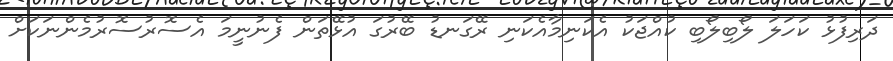
ދަރިފުޅު ކަހަލަ ލޯބިލޯބި ކުއްޖަކު އެކަނިމާއެކަނި ރޭގަނޑު ބޭރުގަ އުޅޭތަން ފެނުނީމަ އެސޮރުސޮރުމެންނަކަށް